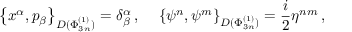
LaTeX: \left\{ x ^ { \alpha } , p _ { \beta } \right\} _ { D ( \Phi _ { 3 n } ^ { ( 1 ) } ) } = \delta _ { \beta } ^ { \alpha } \, , \, \, \, \, \, \, \, \left\{ \psi ^ { n } , \psi ^ { m } \right\} _ { D ( \Phi _ { 3 n } ^ { ( 1 ) } ) } = \frac { i } { 2 } \eta ^ { n m } \, ,